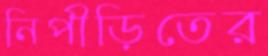
নিপীড়িতের